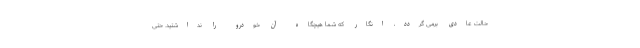
حالت عادی برمی گردد، انگار که شما هیچگاه آن خودرو را نداشتید. حتی